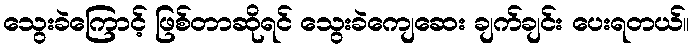
သွေးခဲကြောင့် ဖြစ်တာဆိုရင် သွေးခဲကျေဆေး ချက်ချင်း ပေးရတယ်။